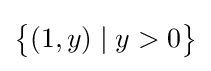
{\bigl \{}(1,y)\mid y>0{\bigr \}}